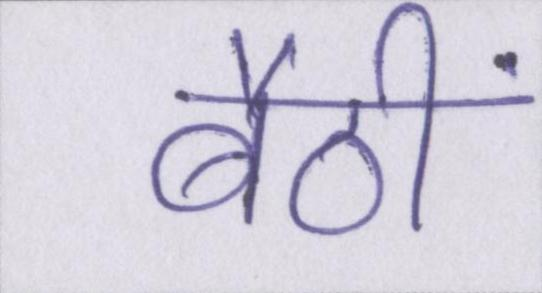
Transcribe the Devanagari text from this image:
बैठीं